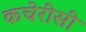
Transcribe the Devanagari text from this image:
कचेरीसी